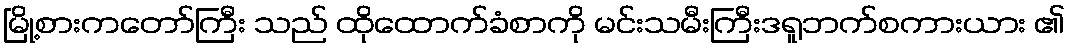
မြို့စားကတော်ကြီး သည် ထိုထောက်ခံစာကို မင်းသမီးကြီးဒရူဘက်စကားယား ၏